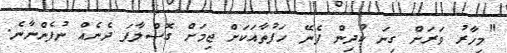
"މިހާރު ވަރަށް ގިނަ ކުދިން ފެނޭ ހަފުތާއަކަށް ޖިމަށް ގޮސްލާފަ ދެނެއް ނުފެންނާނެ.